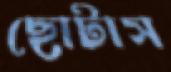
ছোটাস